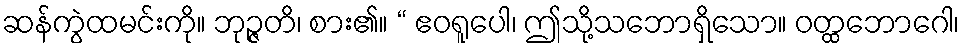
ဆန်ကွဲထမင်းကို။ ဘုဉ္ဇတိ၊ စား၏။ “ ဧဝရူပေါ၊ ဤသို့သဘောရှိသော။ ဝတ္ထဘောဂေါ၊